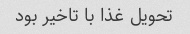
تحویل غذا با تاخیر بود